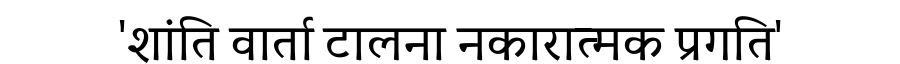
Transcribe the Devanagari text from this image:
'शांति वार्ता टालना नकारात्मक प्रगति'